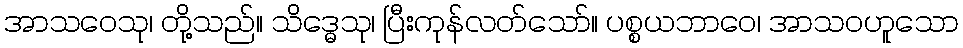
အာသဝေသု၊ တို့သည်။ သိဒ္ဓေသု၊ ပြီးကုန်လတ်သော်။ ပစ္စယဘာဝေ၊ အာသဝဟူသော